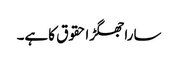
ساراجھگڑاحقوق کاہے۔